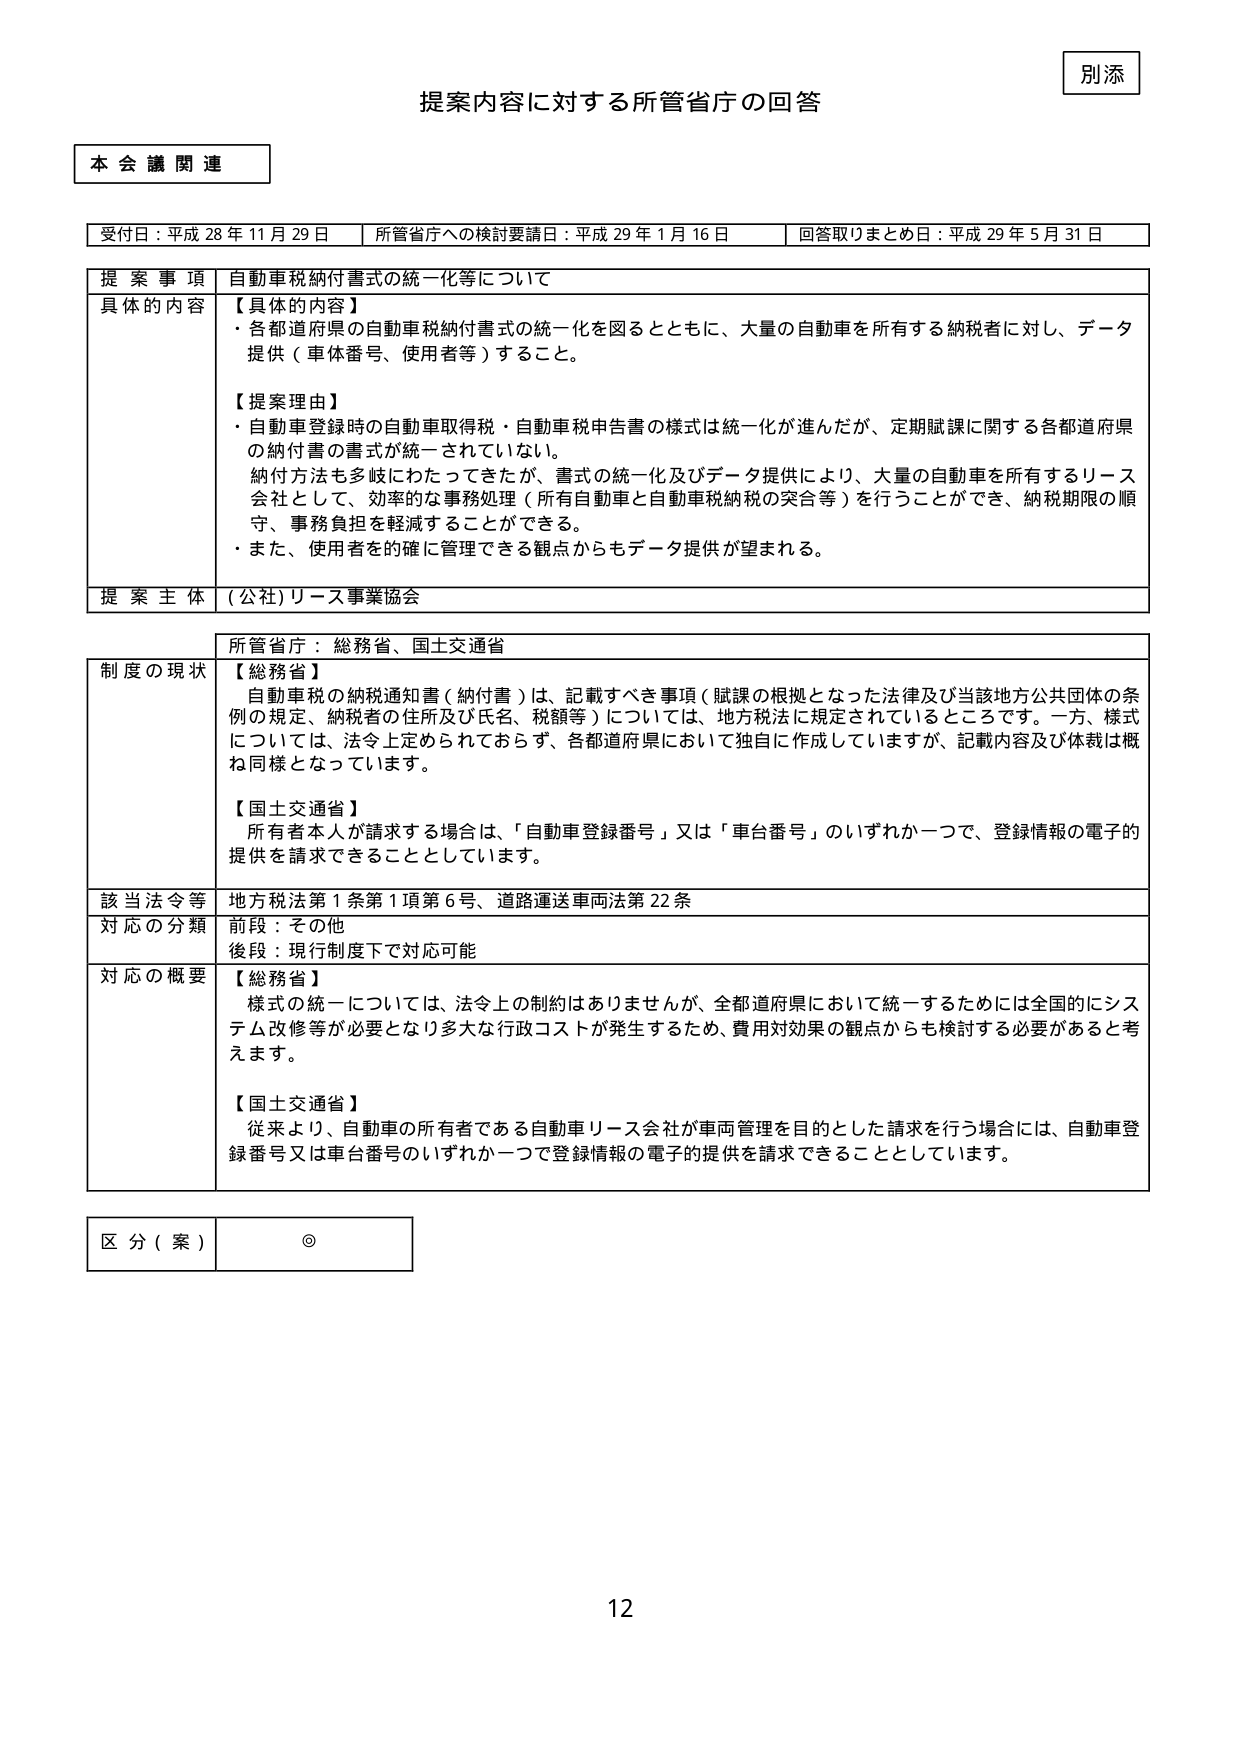
別添

提案内容に対する所管省庁の回答

本会議関連

受付日：平成28年11月29日　所管省庁への検討要請日：平成29年1月16日　回答取りまとめ日：平成29年5月31日

提案事項　自動車税納付書式の統一化等について

具体的な内容　【具体的内容】
・各都道府県の自動車税納付書式の統一化を図るとともに、大量の自動車を所有する納税者に対し、データ提供（車体番号、使用者等）すること。

【提案理由】
・自動車登録時の自動車取得税・自動車税申告書の様式は統一化が進んだが、定期賦課に関する各都道府県の納付書の書式が統一されていない。
・納付方法も多岐にわたってきたが、書式の統一化及びデータ提供により、大量の自動車を所有するリース会社として、効率的な事務処理（所有自動車と自動車税納税の突合等）を行うことができ、納税期限の順守、事務負担を軽減することができる。
・また、使用者の確に管理できる観点からもデータ提供が望まれる。

提案主体　(公社)リース事業協会

所管省庁：総務省、国土交通省

制度の現状　【総務省】
自動車税の納税通知書（納付書）は、記載すべき事項（賦課の根拠となった法律及び当該地方公共団体の条例の規定、納税者の住所及び氏名、税額等）については、地方税法に規定されているところです。一方、様式については、法令上定められておらず、各都道府県において独自に作成していますが、記載内容及び体裁は概ね同様となっています。

【国土交通省】
所有者本人が請求する場合は、「自動車登録番号」又は「車台番号」のいずれか一つで、登録情報の電子的提供を請求できることとしています。

該当法令等　地方税法第1条第1項第6号、道路運送車両法第22条

対応の分類　前段：その他
後段：現行制度下で対応可能

対応の概要　【総務省】
様式の統一については、法令上の制約はありませんが、全都道府県において統一するためには全国的にシステム改修等が必要となり多大な行政コストが発生するため、費用対効果の観点からも検討する必要があると考えます。

【国土交通省】
従来より、自動車の所有者である自動車リース会社が車両管理を目的とした請求を行う場合には、自動車登録番号又は車台番号のいずれか一つで登録情報の電子的提供を請求できることとしています。

区分（案）　◎

12